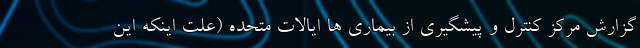
گزارش مرکز کنترل و پیشگیری از بیماری ها ایالات متحده (علت اینکه این